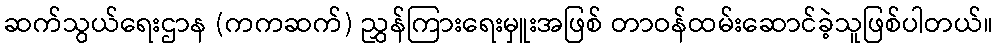
ဆက်သွယ်ရေးဌာန (ကကဆက်) ညွှန်ကြားရေးမှူးအဖြစ် တာဝန်ထမ်းဆောင်ခဲ့သူဖြစ်ပါတယ်။